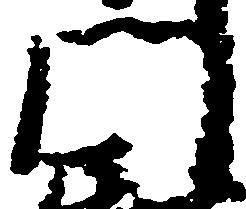
門